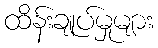
ထိန်းချုပ်မှုများ